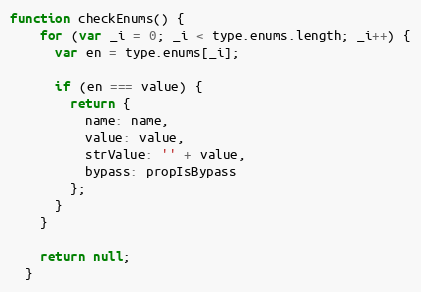
Language: JavaScript
function checkEnums() {
    for (var _i = 0; _i < type.enums.length; _i++) {
      var en = type.enums[_i];

      if (en === value) {
        return {
          name: name,
          value: value,
          strValue: '' + value,
          bypass: propIsBypass
        };
      }
    }

    return null;
  }